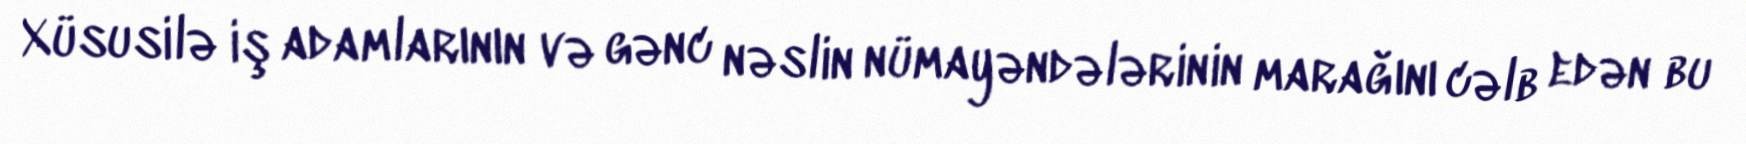
Xüsusilə iş adamlarının və gənc nəslin nümayəndələrinin marağını cəlb edən bu